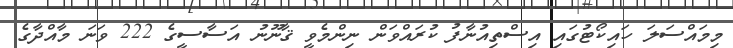
މިމައްސަލަ ހައިކޯޓުގައި އިސްތިއުނާފު ކުރައްވަން ނިންމެވީ ޤާނޫނު އަސާސީގެ 222 ވަނަ މާއްދާގެ